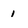
Character: 1